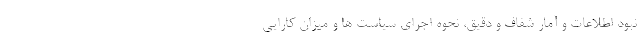
نبود اطلاعات و آمار شفاف و دقیق، نحوه اجرای سیاست ها و میزان کارایی